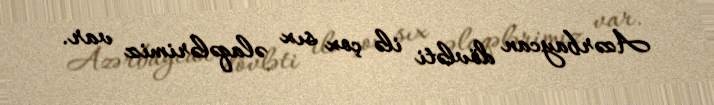
Azərbaycan dövləti ilə çox sıx əlaqələrimiz var.